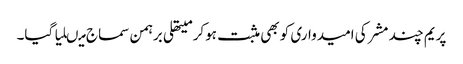
پریم چند مشر کی امیدواری کو بھی مثبت ہوکر میتھلی برہمن سماج میںلیا گیا۔